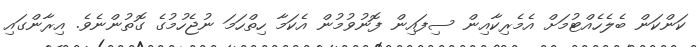
ކަންކަން ބެލެހެއްޓުމަށް އެމެރިކާއިން ސިފައިން ފޮނުވުމުން އެކަމާ ހިތްހަމަ ނުޖެހުމުގެ ގޮތުންނެވެ. އިރާންގައި